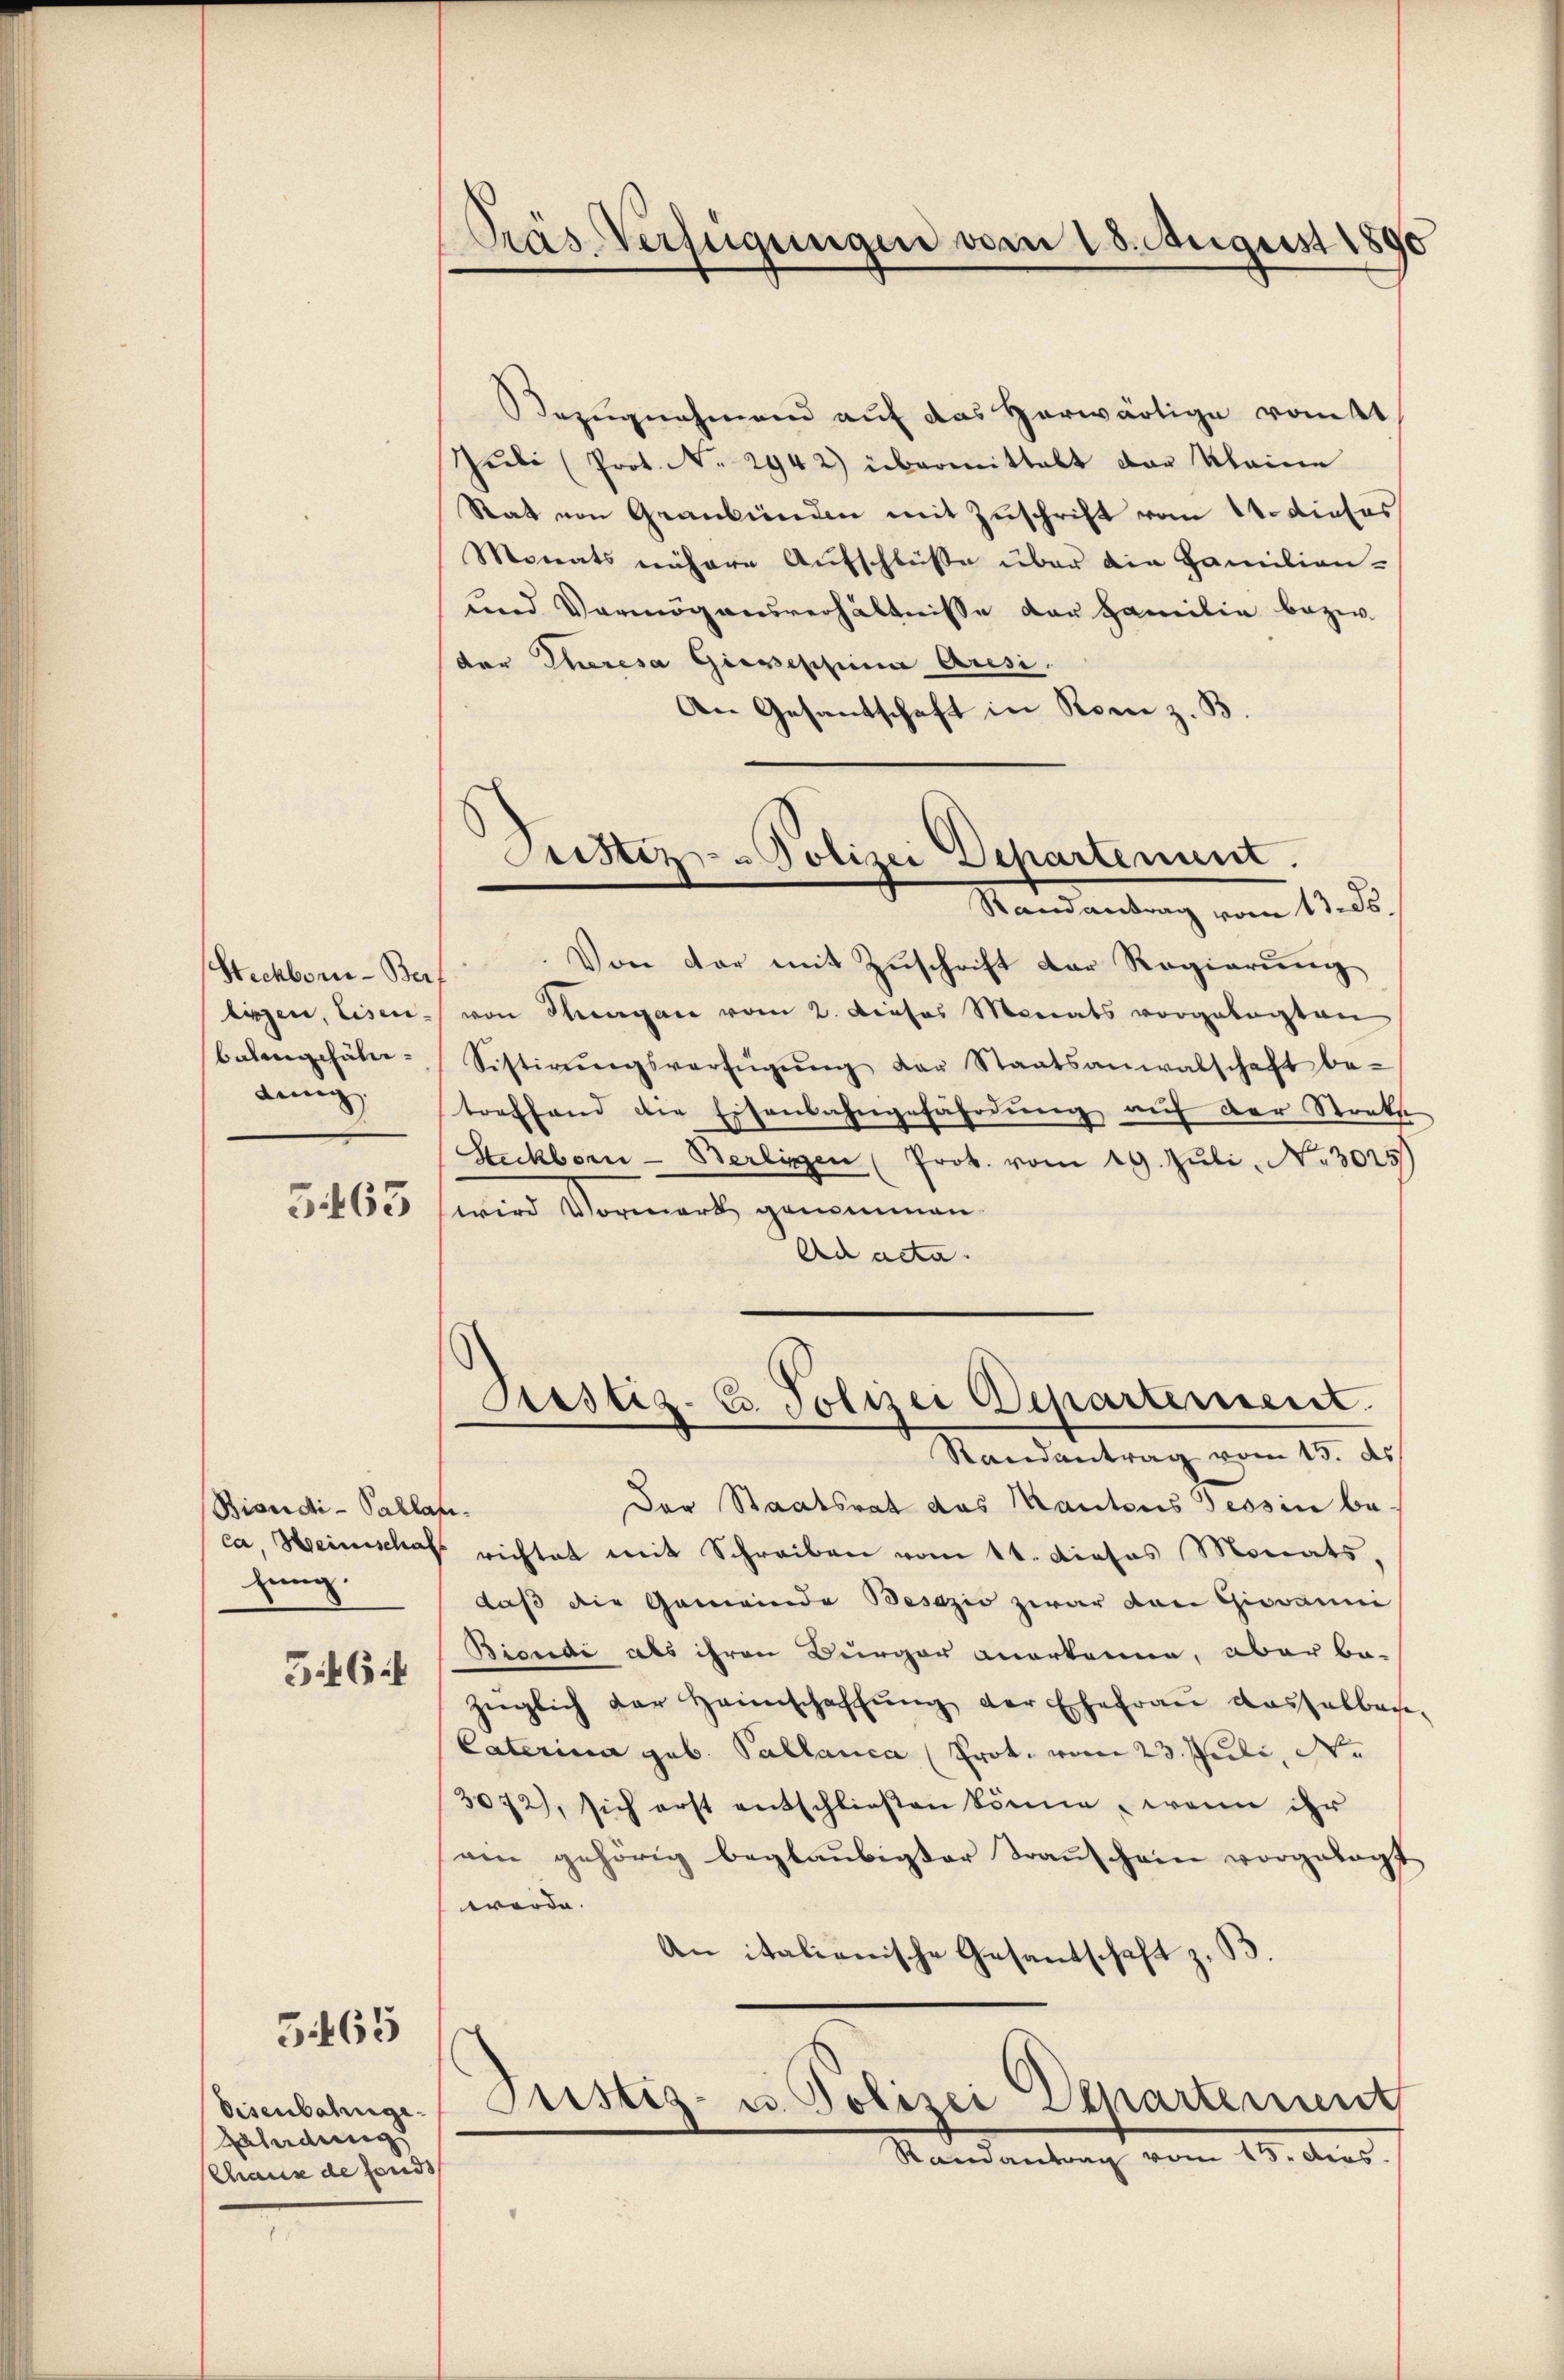
Steckborn- Ber
lingen, Eisen-
balangefälding

3463

Biendi-Pallas
ca, Heimschaft
zung.
364

5465

Eisenbahnge¬
Galadung
Chaus de fands

Pras Verfügungen vom 18. August 1890

Justiz- & Polizei Departenunt
Randantrag vom 13. ds.

Bezugnahmend auf das herwärtige vott
Jŭli (Prot. No. 2942) übermittelt der Kleine
Statt von Graubünden mit Zuschrift vom 11. dieses
Monats nähere Aufschlüße über die Familien-
und Vermögensverhältnisse der Familie bezw.
der Theresa Giepescheina Aresi
An Gesandschaft in Rom z. B
Von der mit Zuschrift der Regierung
von Thurgau vom 2. Dieses Monats vorgelegten
Sistirŭngsverfügŭng der Staatsanwalschaft be-
treffend die Eisenbahngefährdung auf der Strakte
Stuckborn- Berlinen (Prot. vom 19. Jŭli No 3025)
wird Vormerk genommen.
Ad acta.
Bestiz-C. Polizei Departement.
Randantrag vom 15. ds.
Der Staatsrat das Kantons Tessin be-
e
richtet mit Schreiben vom 11. Dieses Monats,
daß die Gemeinde Besazio zwar von Giovanne
Bicudi als ihren Burger anerkenne, aber bezüglich der Heimschaffŭng der Ehefrau dasselben
Caterina geb. Pallanca (Prot. vom 23. Juli, S.
3072), sich erst entschließen könne, wenn ihr
ain gehörig beglaubigter Transchain vorgelegt
werde.
An italienische Gesandschaft z. B.
Justiz- u. Polizei Departement
Randantrag vom 15. dens.